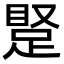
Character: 𬑝